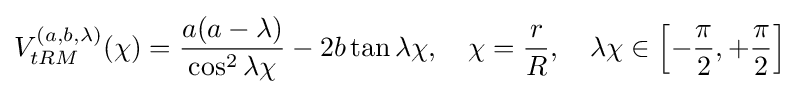
V_{tRM}^{(a,b,\lambda )}(\chi )={\frac {a(a-\lambda )}{\cos ^{2}\lambda \chi }}-2b\tan \lambda \chi ,\quad \chi ={\frac {r}{R}},\quad \lambda \chi \in \left[-{\frac {\pi }{2}},+{\frac {\pi }{2}}\right]